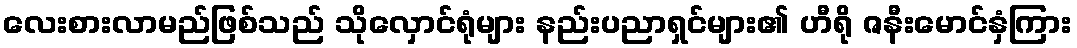
လေးစားလာမည်ဖြစ်သည် သိုလှောင်ရုံများ နည်းပညာရှင်များ၏ ဟီရို ဇနီးမောင်နှံကြား